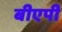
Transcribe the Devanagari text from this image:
बीएपी